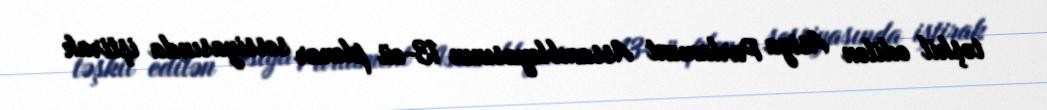
təşkil edilən Asiya Parlament Assambleyasının 13-cü plenar sessiyasında iştirak